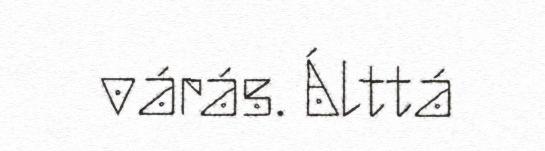
várás. Álttá